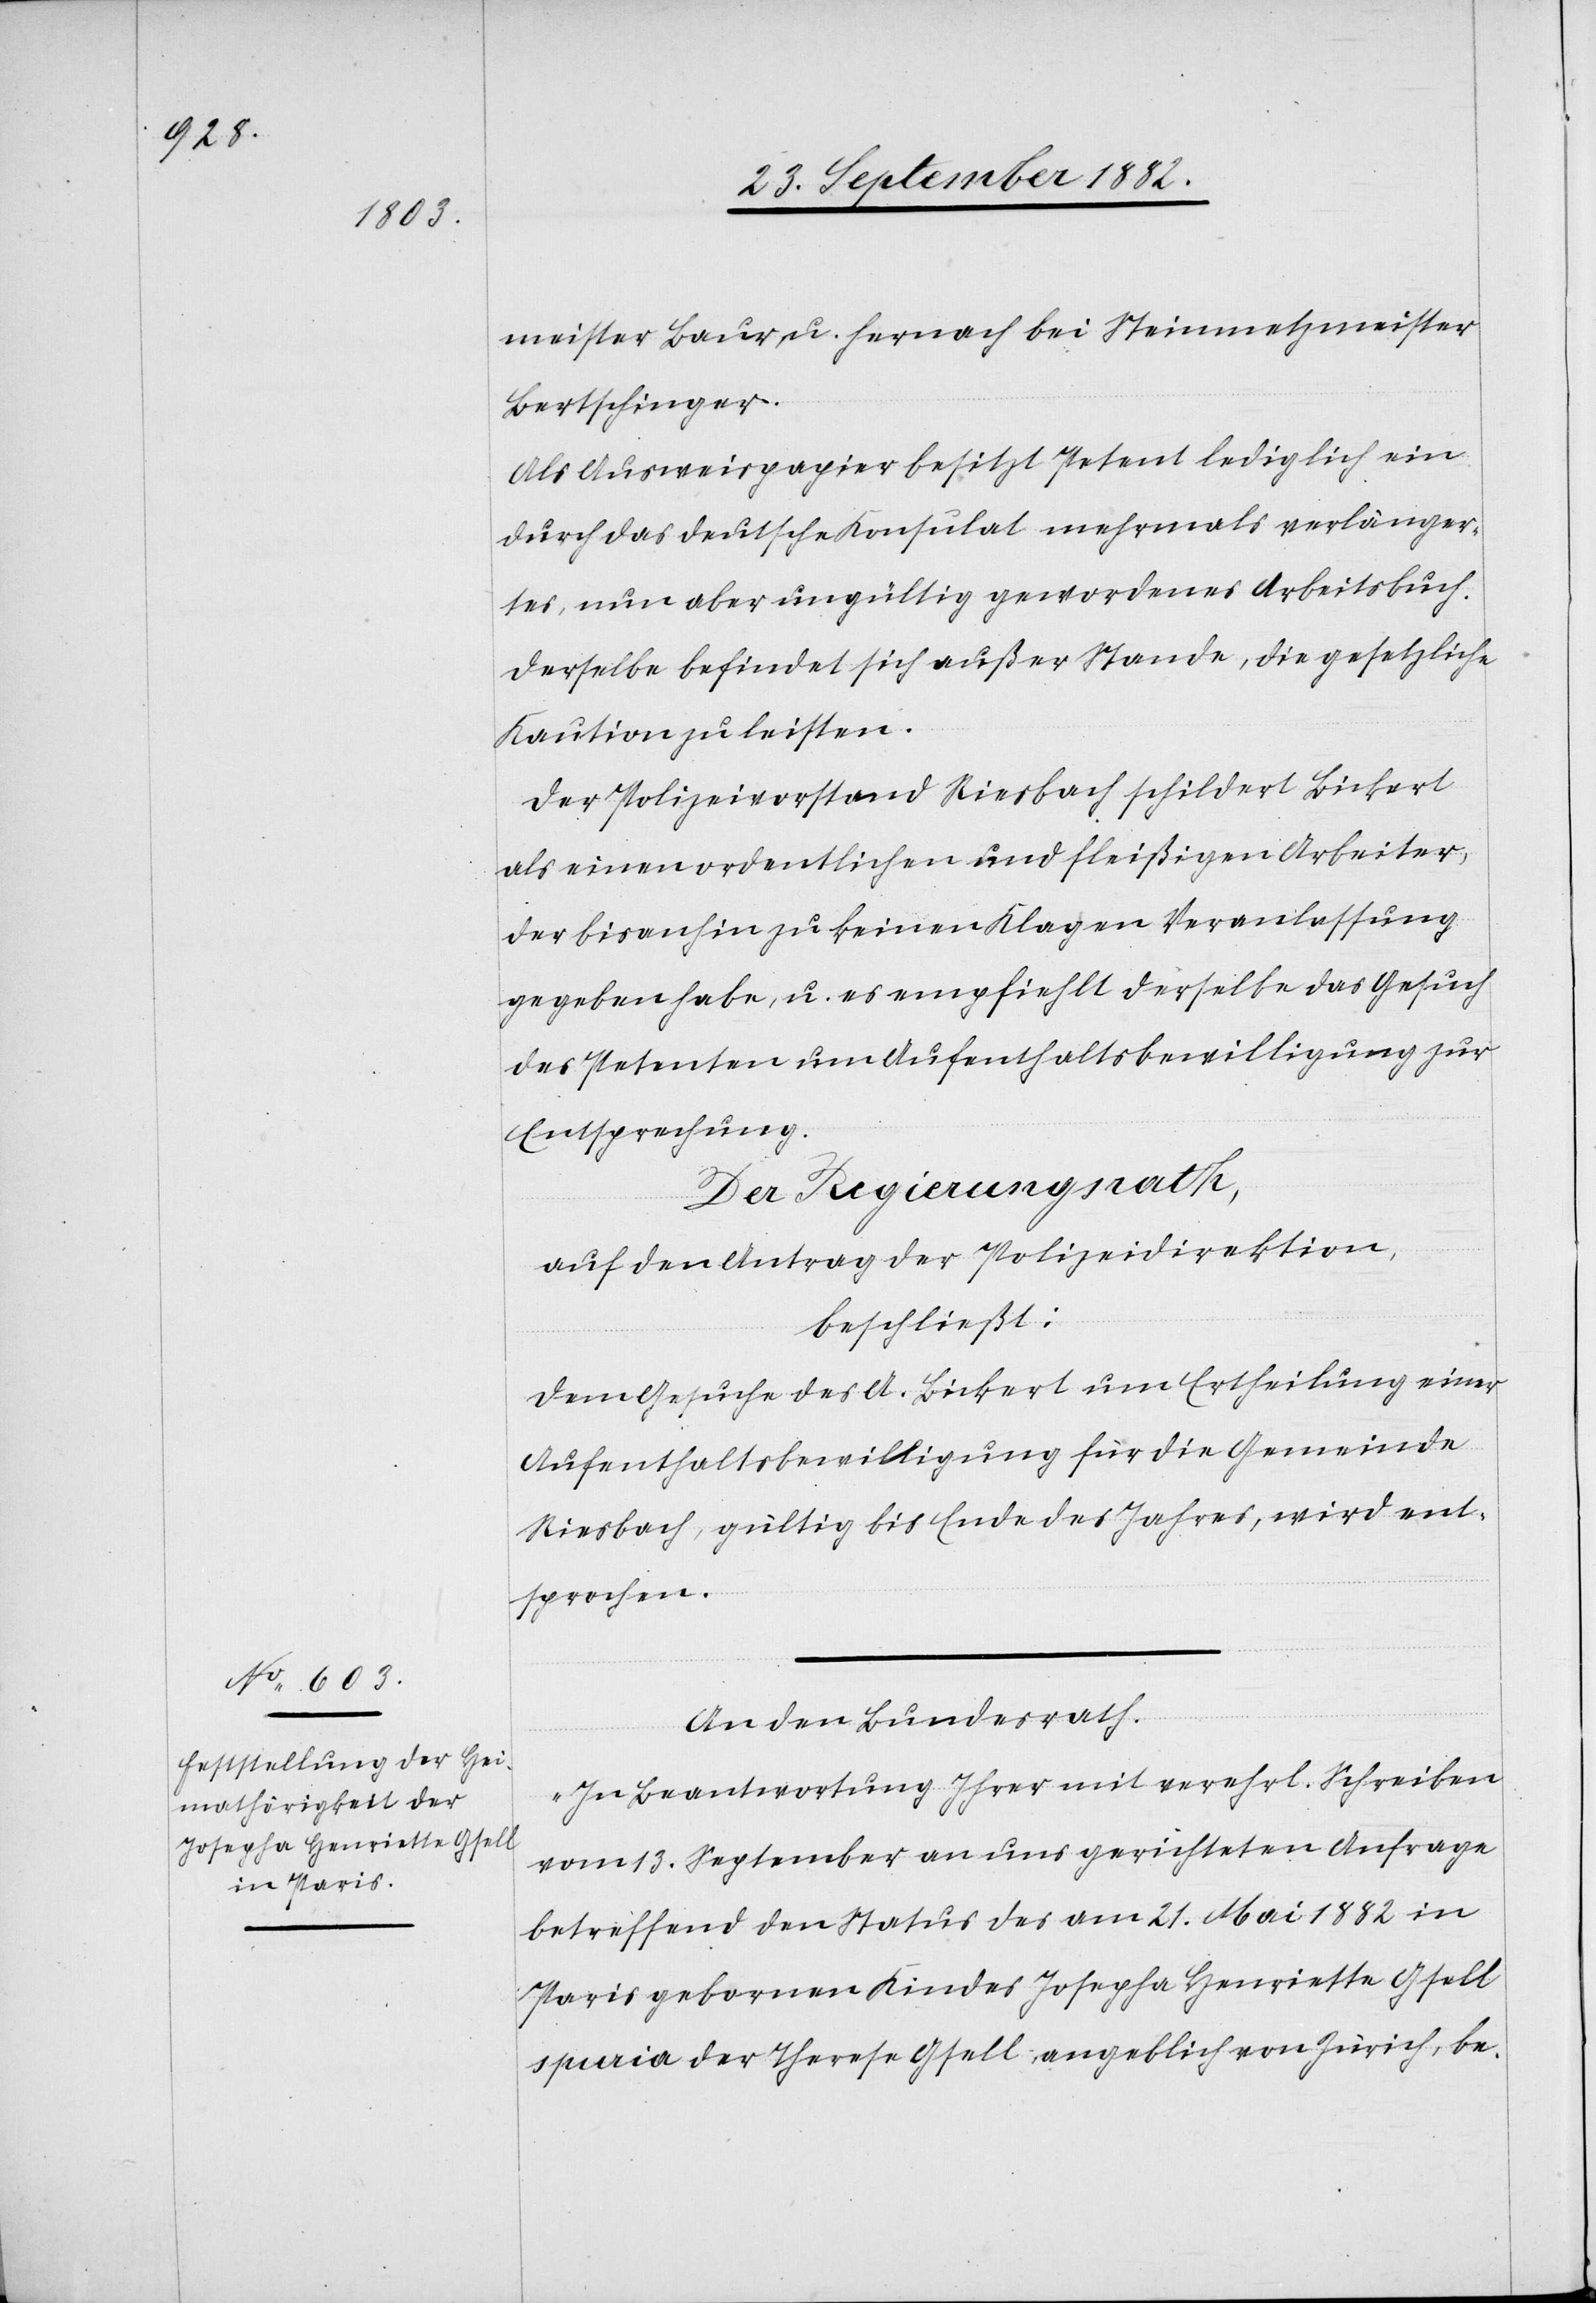
meister Baur, u. hernach bei Steinmetzmeister
Bertschinger.
Aus Ausweispapier besitzt Petent lediglich ein
durch das deutsche Konsulat mehrmals verlänger¬
tes, nun aber ungültig gewordenes Arbeitsbuch.
Derselbe befindet sich außer Stande, die gesetzliche
Kaution zu leisten.
Der Polizeivorstand Riesbach schildert Bickert
als einen ordentlichen und fleißigen Arbeiter,
der bisanhin zu keinen Klagen Veranlassung
gegeben habe u. es empfiehlt derselbe das Gesuch
des Petenten um Aufenthaltsbewilligung zur
Entsprechung.
Der Regierungsrath,
auf den Antrag der Polizeidirektion,
beschließt:
Dem Gesuche des A. Bickert um Ertheilung einer
Aufenthaltsbewilligung für die Gemeinde
Riesbach, gültig bis Ende des Jahres, wird ent¬
sprochen.
An den Bundesrath.
„In Beantwortung Ihrer mit verehrl. Schreiben
vom 13. September an uns gerichteten Anfrage
betreffend den Status des am 21. Mai 1882 in
Paris gebornen Kindes Josepha Henriette Gsell
spuria der Therese Gsell, angeblich von Zürich, be-